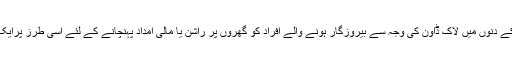
گزشتہ کالم میں عرض کیا تھا کہ وبا کے دنوں میں لاک ڈاؤن کی وجہ سے بیروزگار ہونے والے افراد کو گھروں پر راشن یا مالی امداد پہنچانے کے لئے اسی طرز پرایک ملک گیرہیلپ لائن قائم کردی جائے ۔